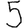
Digit: 5